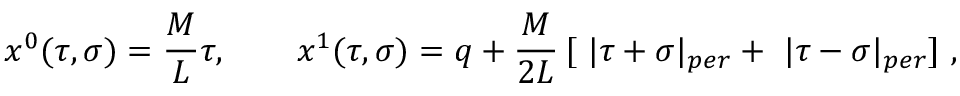
x ^ { 0 } ( \tau , \sigma ) = \frac M L \tau , \quad \quad x ^ { 1 } ( \tau , \sigma ) = q + \frac M { 2 L } \, [ \ | \tau + \sigma | _ { p e r } + \ | \tau - \sigma | _ { p e r } ] \ ,